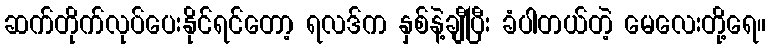
ဆက်တိုက်လုပ်ပေးနိုင်ရင်တော့ ရလဒ်က နှစ်နဲ့ချီပြီး ခံပါတယ်တဲ့ မေလေးတို့ရေ။